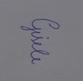
Signature authenticity: genuine